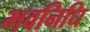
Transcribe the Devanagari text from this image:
भवनिधि